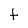
Character: t